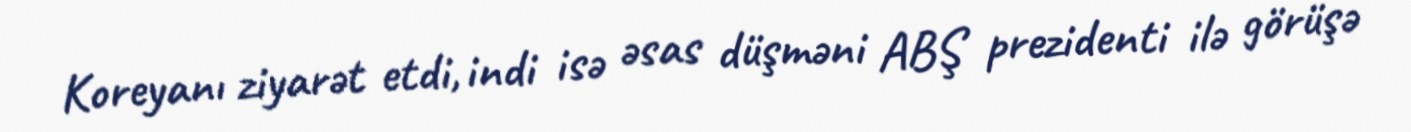
Koreyanı ziyarət etdi, indi isə əsas düşməni ABŞ prezidenti ilə görüşə